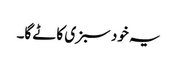
یہ خود سبزی کاٹے گا۔